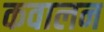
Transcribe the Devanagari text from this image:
कवालन